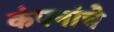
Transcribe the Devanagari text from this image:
कंपनांचे